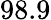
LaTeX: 98.9